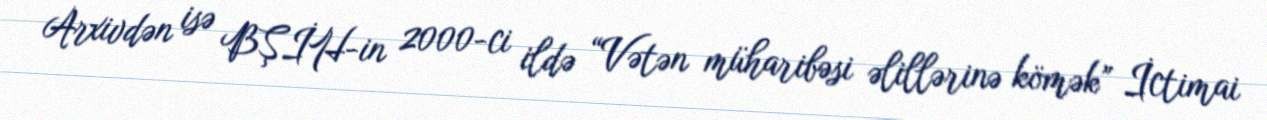
Arxivdən isə BŞİH-in 2000-ci ildə “Vətən müharibəsi əlillərinə kömək” İctimai